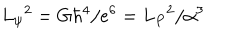
LaTeX: L _ { \psi } { } ^ { 2 } = G \hbar ^ { 4 } / e ^ { 6 } = L _ { P } { } ^ { 2 } / \alpha ^ { 3 }